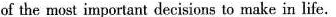
of the most important decisions to make in life.